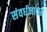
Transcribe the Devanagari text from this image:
संवर्धनावर